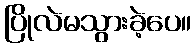
ပြိုလဲမသွားခဲ့ပေ။